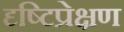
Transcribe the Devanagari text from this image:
दृष्टिप्रेक्षण